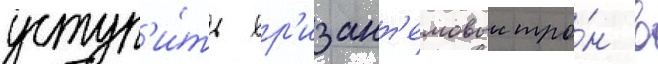
уступ'и́ть хр'изант'емовыи тро́н в